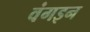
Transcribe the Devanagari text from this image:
वंगइन